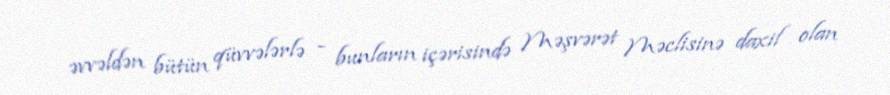
əvvəldən bütün qüvvələrlə - bunların içərisində Məşvərət Məclisinə daxil olan